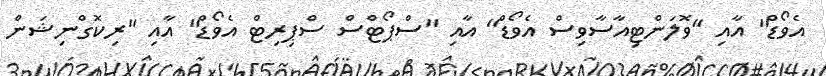
އެވޯޑް" އާއި "ވޮލަންޓިއާސާވިސް އެވޯޑް" އާއި "ސްޕޯޓްސް ސްޕިރިޓް އެވޯޑް" އާއި "ރިކޮގްނިޝަން